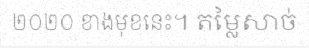
២០២០ ខាងមុខនេះ។ តម្លៃសាច់